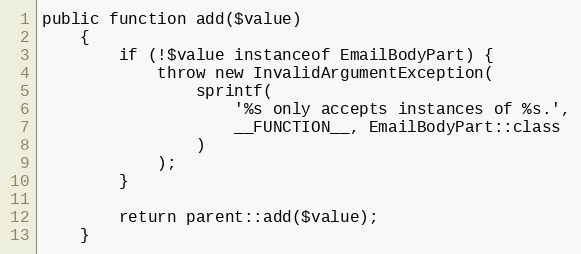
Language: PHP
public function add($value)
    {
        if (!$value instanceof EmailBodyPart) {
            throw new InvalidArgumentException(
                sprintf(
                    '%s only accepts instances of %s.',
                    __FUNCTION__, EmailBodyPart::class
                )
            );
        }

        return parent::add($value);
    }